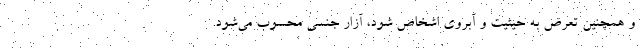
و همچنین تعرض به حیثیت و آبروی اشخاص شود، آزار جنسی محسوب می‌شود.